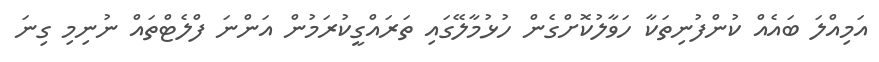
އަމިއްލަ ބައެއް ކުންފުނިތަކާ ހަވާލުކޮށްގެން ހުޅުމާލޭގައި ތަރައްގީކުރަމުން އަންނަ ފްލެޓްތައް ނުނިމި ގިނަ